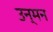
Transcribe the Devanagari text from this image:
उन्मन